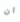
ان